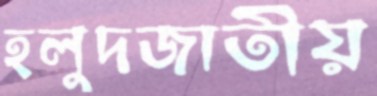
হলুদজাতীয়